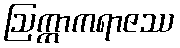
ဩက္ကာကရာဇဿ